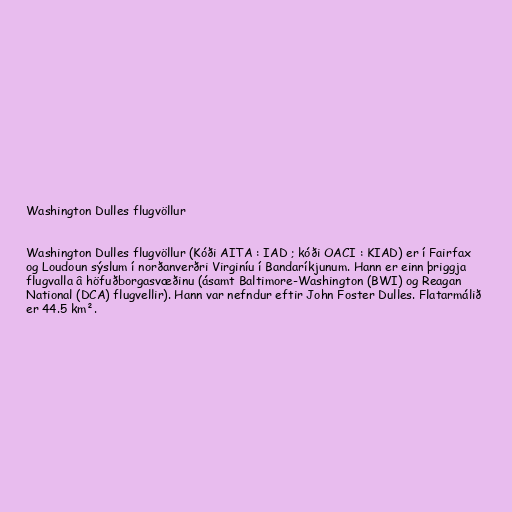
Washington Dulles flugvöllur

Washington Dulles flugvöllur (Kóði AITA : IAD ; kóði OACI : KIAD) er í Fairfax
og Loudoun sýslum í norðanverðri Virginíu í Bandaríkjunum. Hann er einn þriggja
flugvalla â höfuðborgasvæðinu (ásamt Baltimore-Washington (BWI) og Reagan
National (DCA) flugvellir). Hann var nefndur eftir John Foster Dulles. Flatarmálið
er 44.5 km².